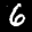
Label: 6